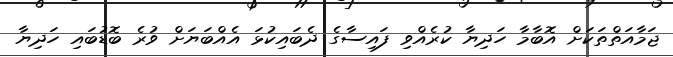
ޖަމާއަތްތަކަށް އޮބާމާ ހަދިޔާ ކުރެއްވި ފައިސާގެ ދެބައިކުޅަ އެއްބަޔަށް ވުރެ ބޮޑުބައި ހަދިޔާ